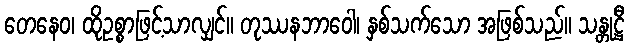
တေနေဝ၊ ထိုဥစ္စာဖြင့်သာလျှင်။ တုဿနဘာဝေါ၊ နှစ်သက်သော အဖြစ်သည်။ သန္တုဋ္ဌီ